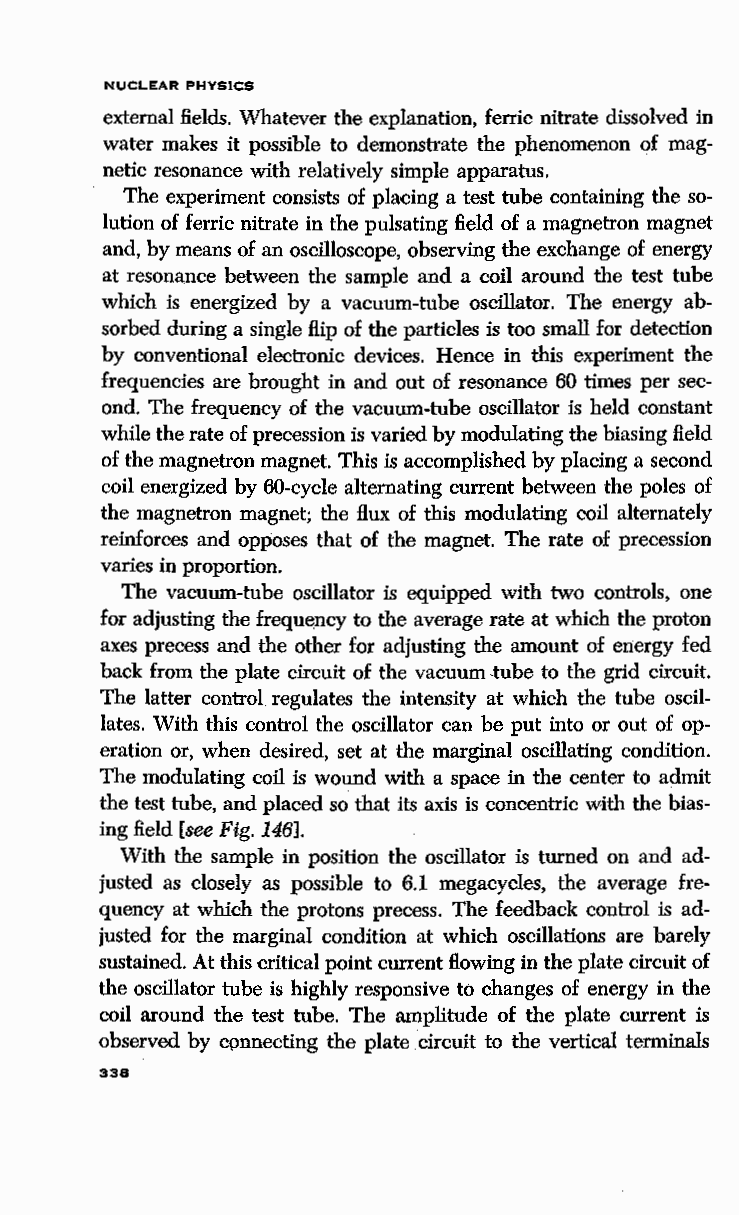
NUCLEAR PHYSICS
 external fields. Whatever the explanation, ferric nitrate dissolved in
 water makes it possible to demonstrate the phenomenon of mag
 netic resonance with relatively simple apparatus.
 The experiment consists of placing a test tube containing the so
 lution of ferric nitrate in the pulsating field of a magnetron magnet
 and, by means of an oscilloscope, observing the exchange of energy
 at resonance between the sample and a coil around the test tube
 which is energized by a vacuum-tube oscillator. The energy ab
 sorbed during a single flip of the particles is too small for detection
 by conventional electronic devices. Hence in this experiment the
 frequencies are brought in and out of resonance 60 times per sec
 ond. The frequency of the vacuum-tube oscillator is held constant
 while the rate of precession is varied by modulating the biasing field
 of the magnetron magnet. This is accomplished by placing a second
 coil energized by 60-cycle alternating current between the poles of
 the magnetron magnet; the flux of this modulating coil alternately
 reinforces and opposes that of the magnet. The rate of precession
 varies in proportion.
 The vacuum-tube oscillator is equipped with two controls, one
 for adjusting the frequ~ncy to the average rate at which the proton
 axes precess and the other for adjusting the amount of energy fed
 back from the plate circuit of the vacuum -tube to the grid circuit.
 The latter control regulates the intensity at which the tube oscil
 lates. With this control the oscillator can be put into or out of op
 eration or, when desired, set at the marginal oscillating condition.
 The modulating coil is wound with a space in the center to admit
 the test tube, and placed so that its axis is concentric with the bias
 ing field [see Fig. 146].
 With the sample in position the oscillator is turned on and ad
 justed as closely as possible to 6.1 megacycles, the average fre
 quency at which the protons precess. The feedback control is ad
 justed for the marginal condition at which oscillations are barely
 sustained. At this critical point current flowing in the plate circuit of
 the oscillator tube is highly responsive to changes of energy in the
 coil around the test tube. The amplitude of the plate current is
 observed by cpnnecting the plate circuit to the vertical terminals
 338